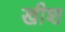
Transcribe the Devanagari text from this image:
खीश